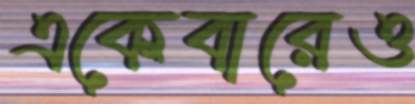
একেবারেও